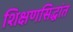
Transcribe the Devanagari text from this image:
शिक्षणसिद्धांत